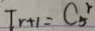
T _ { r + 1 } = C _ { 5 } ^ { r }